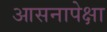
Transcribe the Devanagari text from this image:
आसनापेक्षा